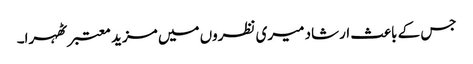
جس کے باعث ارشاد میری نظروں میں مزید معتبر ٹھہرا۔